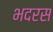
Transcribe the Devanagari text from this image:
भदरस